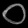
Digit: ၀